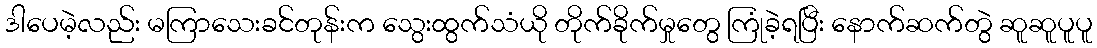
ဒါပေမဲ့လည်း မကြာသေးခင်တုန်းက သွေးထွက်သံယို တိုက်ခိုက်မှုတွေ ကြုံခဲ့ရပြီး နောက်ဆက်တွဲ ဆူဆူပူပူ